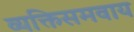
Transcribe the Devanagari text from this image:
व्यक्तिसमवाय